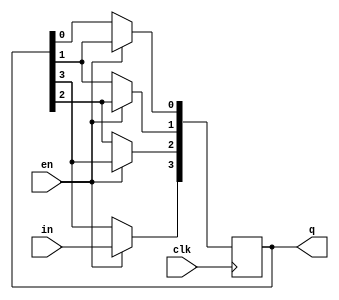
module shiftreg(en, in, clk, q);
        input en, in, clk;
        output [0:3] q;
        reg [0:3] q;

        initial
        q=4'd10;

        always @(posedge clk)
        begin
                if(en) begin
                        q[3] <= q[2];
                        q[2] <= q[1];
                        q[1] <= q[0];
                        q[0] <= in;
                end
        end
endmodule

module tb_shiftreg;
        reg en, in, clk;
        wire [0:3]q;
        integer i;
        reg [15:0] sequ;

        shiftreg sh(en,in,clk,q);

        initial
        begin
                clk = 0;
                en = 1;
                sequ = 16'b0010_1110_0111_1011;
                for(i=0; i<16; i=i+1)
                        begin
                                in = sequ[i];
                                #2 clk = 1;
                                #2 clk = 0;
                                $display("Q values: %b", q);
                        end
        end
endmodule